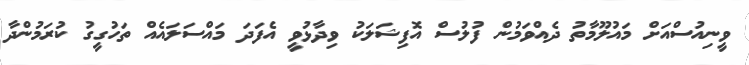
ވީނިއުސްއަށް މައުލޫމާތު ދެއްވަމުން ފުލުސް އޮފިޝަލަކު ވިދާޅުވީ އެފަދަ މައްސަލައެއް ތަހުގީގު ކުރަމުންދާ